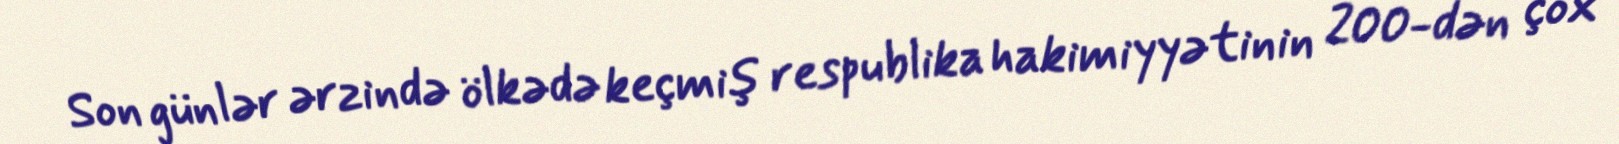
Son günlər ərzində ölkədə keçmiş respublika hakimiyyətinin 200-dən çox